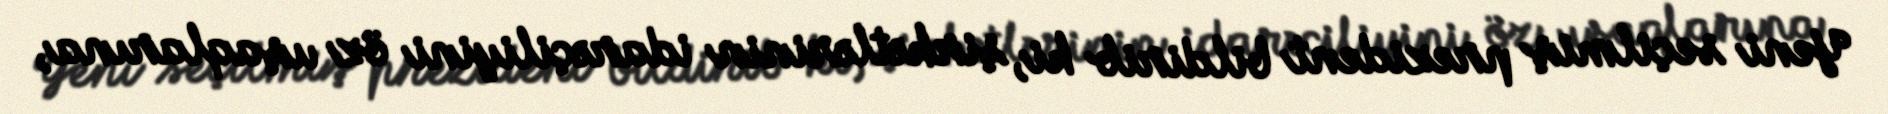
Yeni seçilmiş prezident bildirib ki, şirkətlərinin idarəçiliyini öz uşaqlarına,